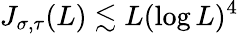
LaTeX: J_{\sigma,\tau}(L)\lesssim L(\log L)^{4}